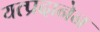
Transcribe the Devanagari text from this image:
यत्प्रदानेन